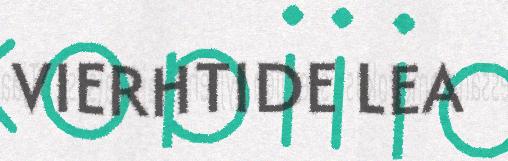
VIERHTIDE LEA